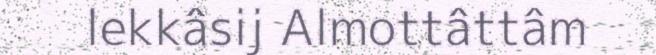
lekkâsij Almottâttâm